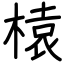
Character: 榬